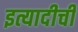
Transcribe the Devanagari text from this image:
इत्यादीची